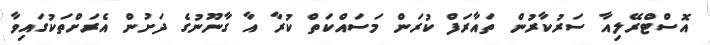
އޮސްޓްރޭލިއާ ސަރުކާރުން ތައާރަފް ކުރަން މަސައްކަތް ކުރާ އާ ގާނޫނުގެ ދަށުން އެރަށްތަކުގައިވާ